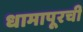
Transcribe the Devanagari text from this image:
धामापूरची